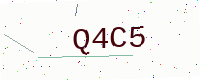
Text: Q4C5